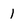
Character: 1